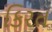
કિરત